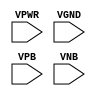
module sky130_fd_sc_hvl__fill (
    VPWR,
    VGND,
    VPB ,
    VNB
);

    input VPWR;
    input VGND;
    input VPB ;
    input VNB ;
endmodule